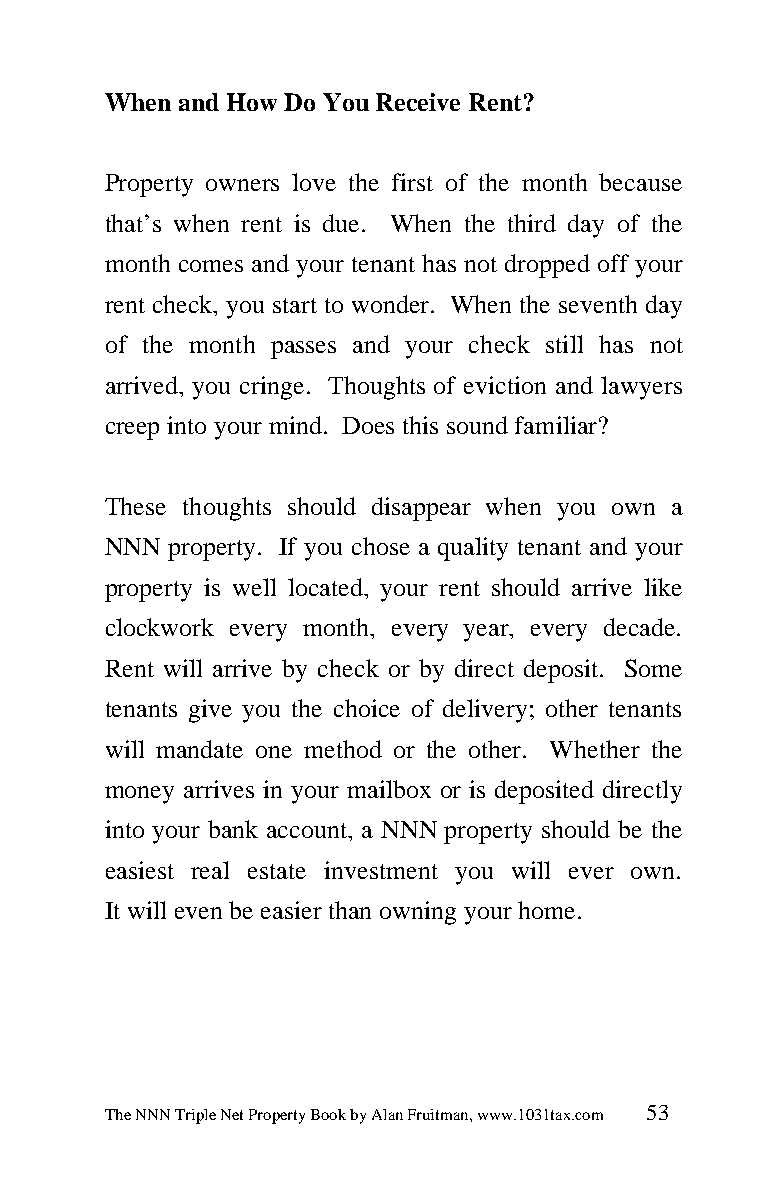
When and How Do You Receive Rent?
 Property owners love the first of the month because
 that’s when rent is due. When the third day of the
 month comes and your tenant has not dropped off your
 rent check, you start to wonder. When the seventh day
 of the month passes and your check still has not
 arrived, you cringe. Thoughts of eviction and lawyers
 creep into your mind. Does this sound familiar?
 These thoughts should disappear when you own a
 NNN property. If you chose a quality tenant and your
 property is well located, your rent should arrive like
 clockwork every month, every year, every decade.
 Rent will arrive by check or by direct deposit. Some
 tenants give you the choice of delivery; other tenants
 will mandate one method or the other. Whether the
 money arrives in your mailbox or is deposited directly
 into your bank account, a NNN property should be the
 easiest real estate investment you will ever own.
 It will even be easier than owning your home.
 The NNN Triple Net Property Book by Alan Fruitman, www.1031tax.com 53